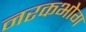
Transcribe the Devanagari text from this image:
नरकभोग